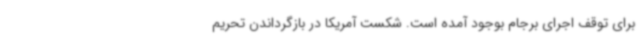
برای توقف اجرای برجام بوجود آمده است. شکست آمریکا در بازگرداندن تحریم